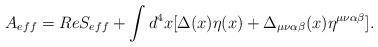
LaTeX: \begin{align*}A_{eff} = Re S_{eff} + \int d^4x [\Delta(x) \eta(x) + \Delta_{\mu\nu\alpha\beta}(x) \eta^{\mu\nu\alpha\beta}].\end{align*}